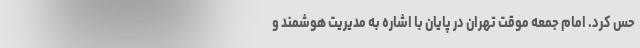
حس کرد. امام جمعه موقت تهران در پایان با اشاره به مدیریت هوشمند و